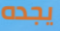
يجده